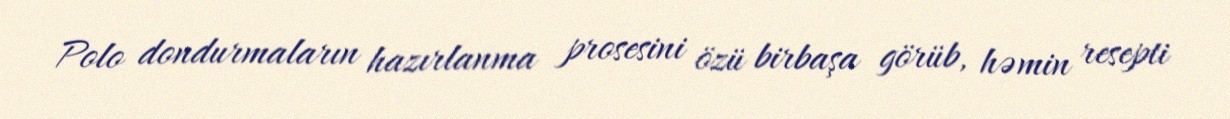
Polo dondurmaların hazırlanma prosesini özü birbaşa görüb, həmin resepti